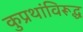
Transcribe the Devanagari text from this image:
कुप्रथांविरूद्ध